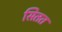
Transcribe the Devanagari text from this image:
सितत